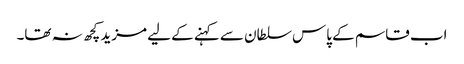
اب قاسم کے پاس سلطان سے کہنے کے لیے مزید کچھ نہ تھا۔